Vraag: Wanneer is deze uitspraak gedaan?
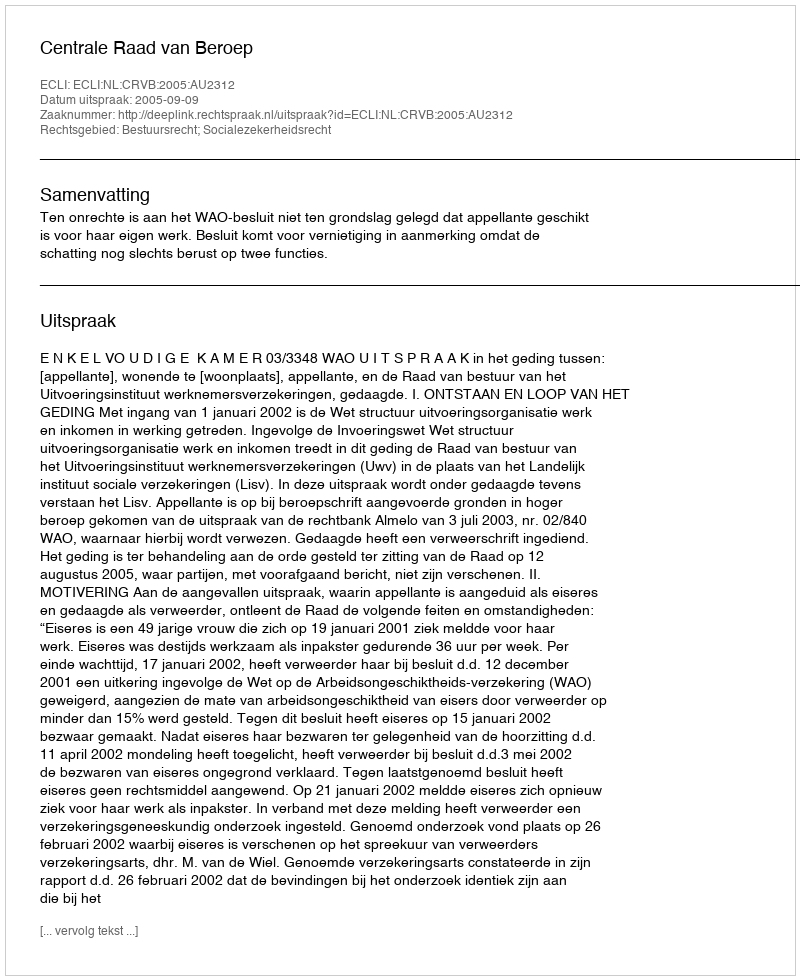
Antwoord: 2005-09-09